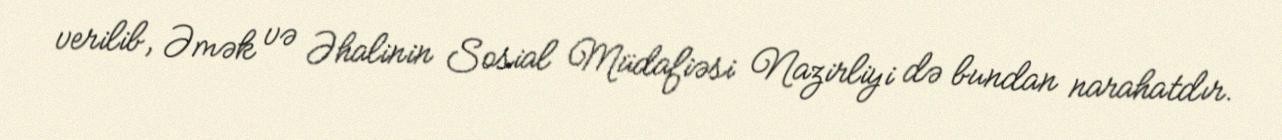
verilib, Əmək və Əhalinin Sosial Müdafiəsi Nazirliyi də bundan narahatdır.